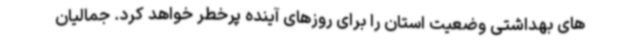
های بهداشتی وضعیت استان را برای روزهای آینده پرخطر خواهد کرد. جمالیان